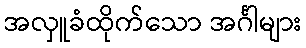
အလှူခံထိုက်သော အင်္ဂါများ